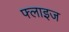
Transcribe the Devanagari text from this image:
फ्लाइज